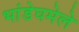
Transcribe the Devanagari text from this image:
भांडेघमेले